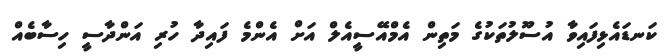
ކަނޑައެޅިފައިވާ އުސޫލުތަކުގެ މަތިން އެމްއޭސީއެލް އަށް އެންމެ ފައިދާ ހުރި އަންދާސީ ހިސާބެއް